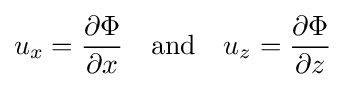
u_{x}={\frac {\partial \Phi }{\partial x}}\quad {\text{and}}\quad u_{z}={\frac {\partial \Phi }{\partial z}}